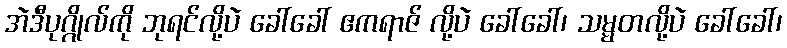
အဲဒီပုဂ္ဂိုလ်ကို ဘုရင်လို့ပဲ ခေါ်ခေါ် ဧကရာဇ် လို့ပဲ ခေါ်ခေါ်၊ သမ္မတလို့ပဲ ခေါ်ခေါ်၊